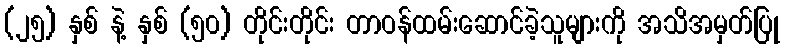
(၂၅) နှစ် နဲ့ နှစ် (၅၀) တိုင်းတိုင်း တာဝန်ထမ်းဆောင်ခဲ့သူများကို အသိအမှတ်ပြု